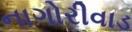
નાગોરીવાડ